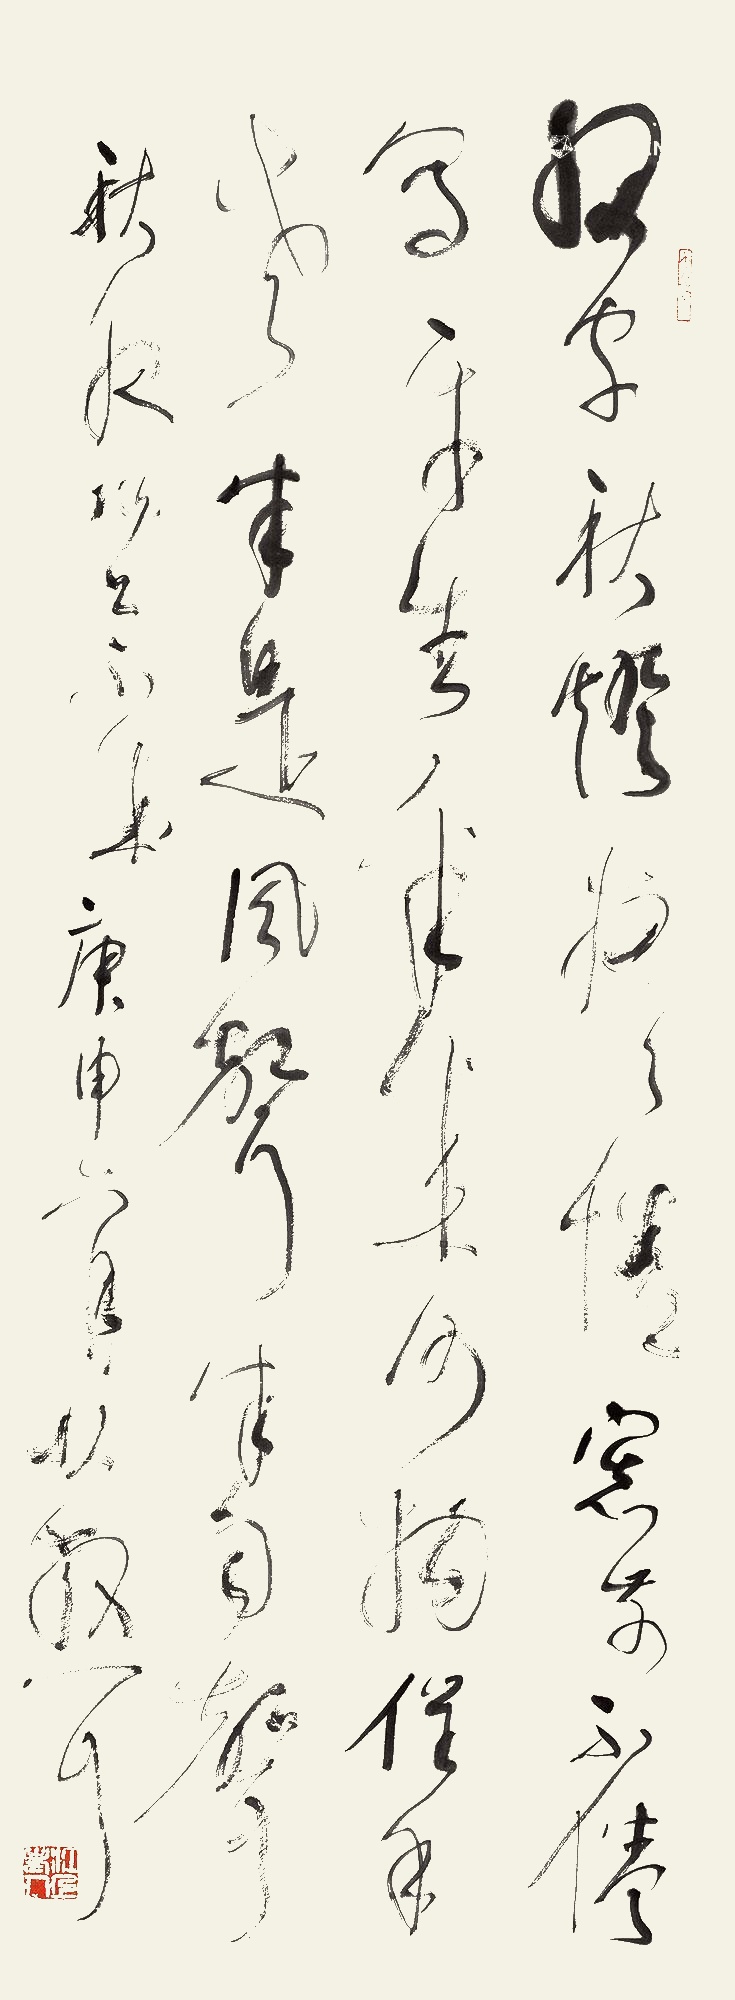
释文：细字秋灯夜夜情，窗前不倦写平生。年来何物催年老，半是风声半雨声。庚申六月，林散耳。